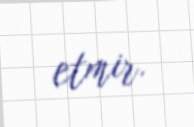
etmir.